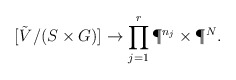
\begin{align*}[\tilde{V}^{}/(S\times G)]\rightarrow \prod_{j=1}^r\P^{n_j}\times \P^N.\end{align*}